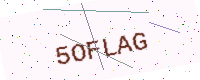
Text: 5OFLAG